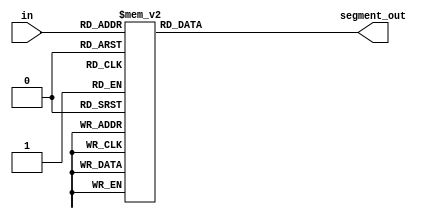
module ss_4bit_generator (
    input [3:0] in,
    output reg [6:0] segment_out
);

always @(*) begin
    case (in)
            4'b0000:begin
                segment_out<=7'b1000000;
                
            end
            4'b0001:begin
                segment_out<=7'b1111001;
                
            end
            4'b0010:begin
                segment_out<=7'b0100100;
                
            end
            4'b0011:begin
                segment_out<=7'b0110000;
                
            end
            4'b0100:begin
                segment_out<=7'b0011001;
                
            end
            4'b0101:begin
                segment_out<=7'b0010010;
                
            end
            4'b0110:begin
                segment_out<=7'b0000010;
                
            end
            4'b0111:begin
                segment_out<=7'b1111000;
                
            end
            4'b1000:begin
                segment_out<=7'b0000000;
                
            end
            4'b1001:begin
                segment_out<=7'b0010000;
                
            end
            4'b1010:begin
                segment_out<=7'b0001000;
                
            end
            4'b1011:begin
                segment_out<=7'b0000011;
                
            end
            4'b1100:begin
                segment_out<=7'b1000110;
                
            end
            4'b1101:begin
                segment_out<=7'b0100001;
                
            end
            4'b1110:begin
                segment_out<=7'b0000110;
                
            end
            4'b1111:begin
                segment_out<=7'b0001110;
            end
            default:begin
                segment_out<=7'b1111111;
            end
    endcase
end
    
endmodule